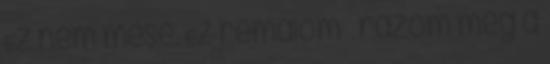
Ez nem mese. Ez rémálom – rázom meg a